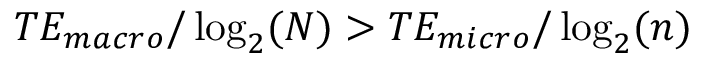
T E _ { m a c r o } / \log _ { 2 } ( N ) > T E _ { m i c r o } / \log _ { 2 } ( n )